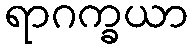
ရာဂက္ခယာ